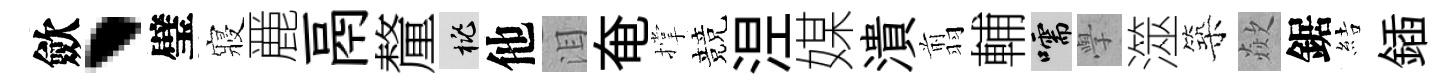
歛、璧寢䴡鬲釐桃他泪奄撑競𣵀媒潰翦輔嚅𭓕澨築歘鋸結鍤